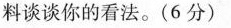
料谈谈你的看法。(6分)